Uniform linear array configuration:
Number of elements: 8
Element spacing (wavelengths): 0.75
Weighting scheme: binomial
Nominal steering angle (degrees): -45
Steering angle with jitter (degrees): -44.221
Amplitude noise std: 0.05
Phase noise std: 0.05

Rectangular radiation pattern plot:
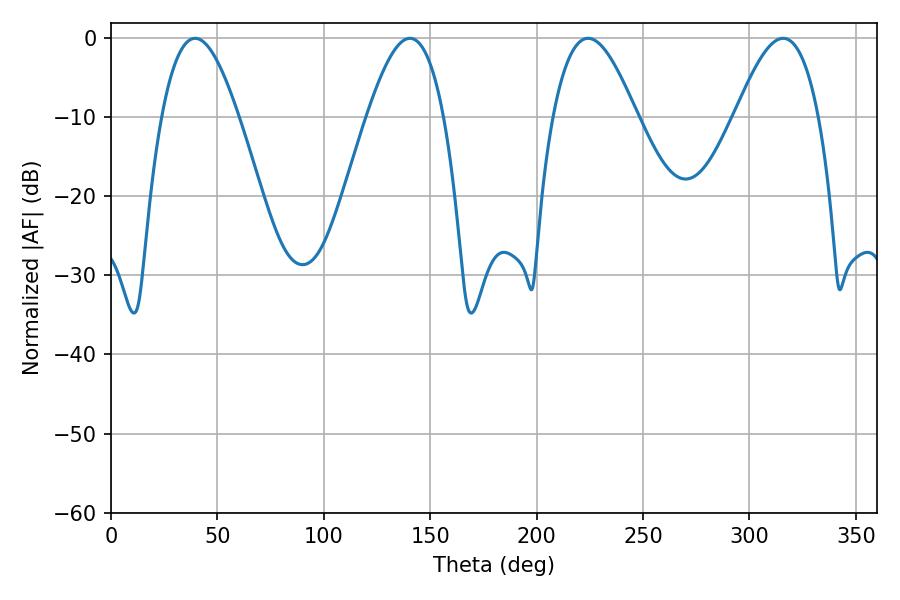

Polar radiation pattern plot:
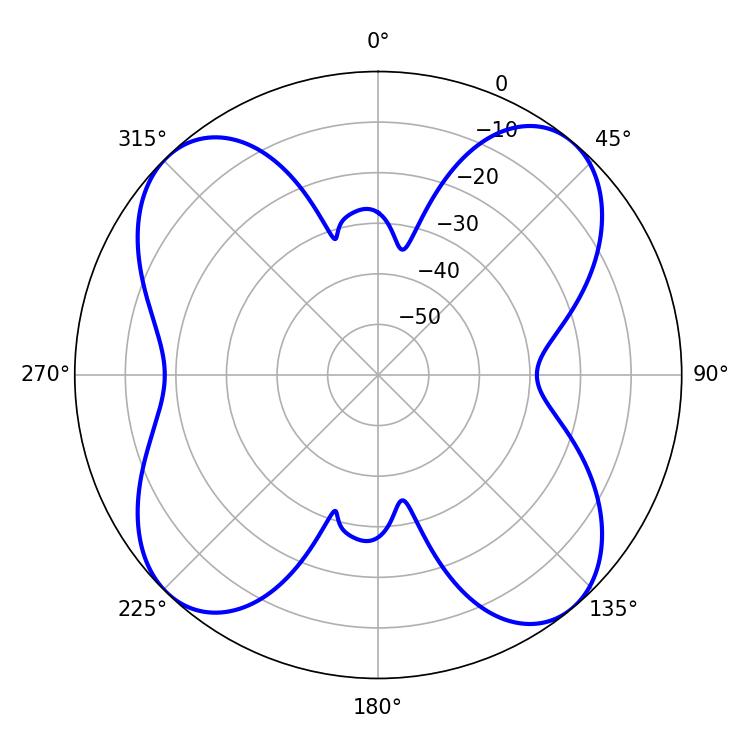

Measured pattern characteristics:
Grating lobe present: TRUE
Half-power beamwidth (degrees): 21.24
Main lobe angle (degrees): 224.1